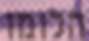
הלומו